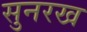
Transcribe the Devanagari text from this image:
सुनरख